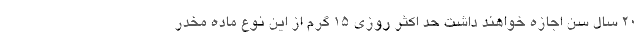
۲۰ سال سن اجازه خواهند داشت حد اکثر روزی ۱۵ گرم از این نوع ماده مخدر